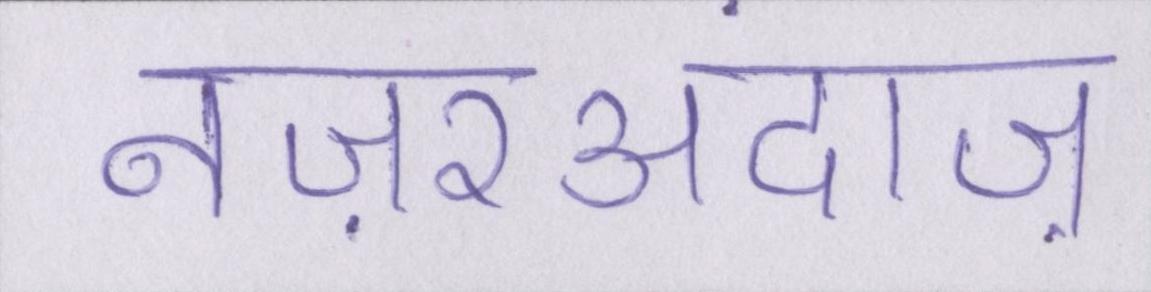
नज़रअंदाज़